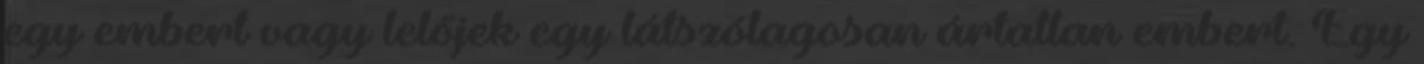
egy embert vagy lelőjek egy látszólagosan ártatlan embert. Egy